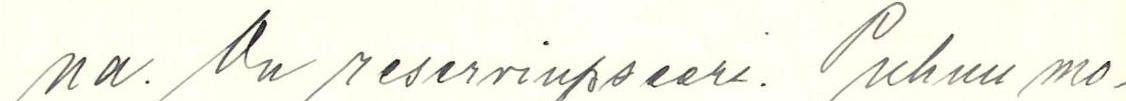
na. On reservinupseeri. Puhuu mo-